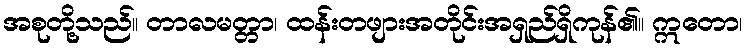
အစုတို့သည်။ တာလမတ္တာ၊ ထန်းတဖျားအတိုင်းအရှည်ရှိကုန်၏။ ဣတော၊